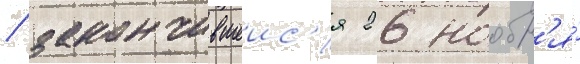
/ закончившеис'я 26 ноабр'я́